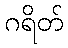
ဂရိတ်